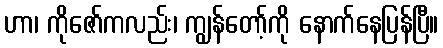
ဟာ၊ ကိုဇော်ကလည်း၊ ကျွန်တော့်ကို နောက်နေပြန်ပြီ။